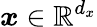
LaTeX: \boldsymbol{x}\in\mathbb{R}^{d_{x}}